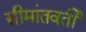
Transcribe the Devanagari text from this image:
सीमांतवर्ती